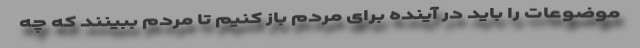
موضوعات را باید در آینده برای مردم باز کنیم تا مردم ببینند که چه